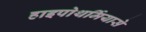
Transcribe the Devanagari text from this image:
हाइपोथर्मियासे